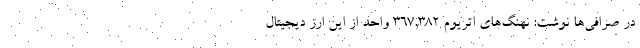
در صرافی‌ها نوشت: نهنگ‌های اتریوم ۳۶۷,۳۸۲ واحد از این ارز دیجیتال